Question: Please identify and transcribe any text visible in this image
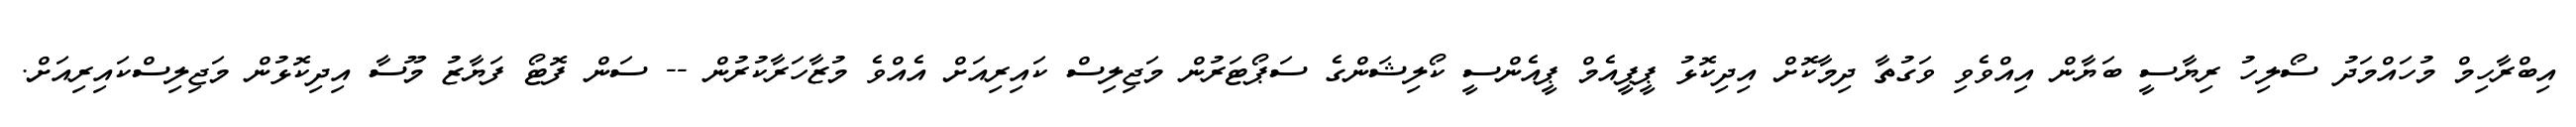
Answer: އިބްރާހިމް މުހައްމަދު ސޯލިހު ރިޔާސީ ބަޔާން އިއްވެވި ވަގުތާ ދިމާކޮށް އިދިކޮޅު ޕީޕީއެމް ޕީއެންސީ ކޯލިޝަންގެ ސަޕޯޓަރުން މަޖިލިސް ކައިރިއަށް އެއްވެ މުޒާހަރާކުރުން -- ސަން ފޮޓޯ ފަޔާޒު މޫސާ އިދިކޮޅުން މަޖިލިސްކައިރިއަށް.